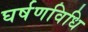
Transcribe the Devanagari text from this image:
घर्षणविधि